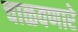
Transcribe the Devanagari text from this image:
चाळवणारे